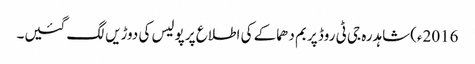
2016ء)شاہدرہ جی ٹی روڈ پر بم دھماکے کی اطلاع پر پولیس کی دوڑیں لگ گئیں۔